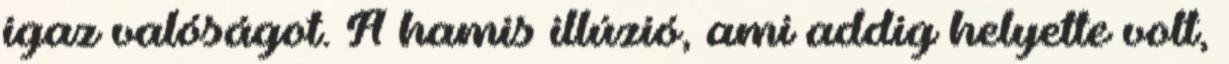
igaz valóságot. A hamis illúzió, ami addig helyette volt,